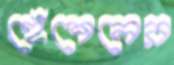
হেঁশেলের